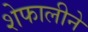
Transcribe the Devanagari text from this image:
शेफालीने